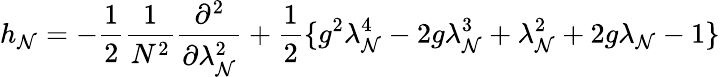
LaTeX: h_{\mathcal{N}}=-\frac{{1}}{{2}}\frac{{1}}{{N^{2}}}\frac{{\partial^{2}}}{{\partial\lambda_{\mathcal{N}}^{2}}}+\frac{{1}}{{2}}\{ g^{2}\lambda_{\mathcal{N}}^{4}-2g\lambda_{\mathcal{N}}^{3}+\lambda_{\mathcal{N}}^{2}+2g\lambda_{\mathcal{N}}-1\}